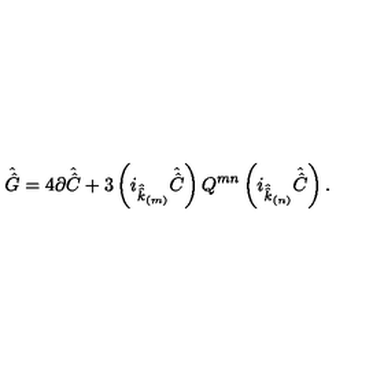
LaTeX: \hat { \hat { G } } = 4 \partial \hat { \hat { C } } + 3 \left( i _ { \hat { \hat { k } } _ { \scriptscriptstyle ( m ) } } \hat { \hat { C } } \right) Q ^ { m n } \left( i _ { \hat { \hat { k } } _ { \scriptscriptstyle ( n ) } } \hat { \hat { C } } \right) .